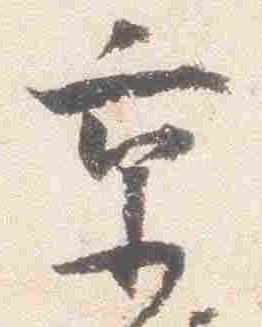
京